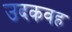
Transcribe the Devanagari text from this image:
उदकवह